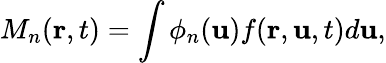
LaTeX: M_{n}(\mathbf{r},t)=\int\phi_{n}(\mathbf{u})f(\mathbf{r},\mathbf{u},t)d\mathbf{u},